Papers set at the Examination for Leaving Certificates, 1892
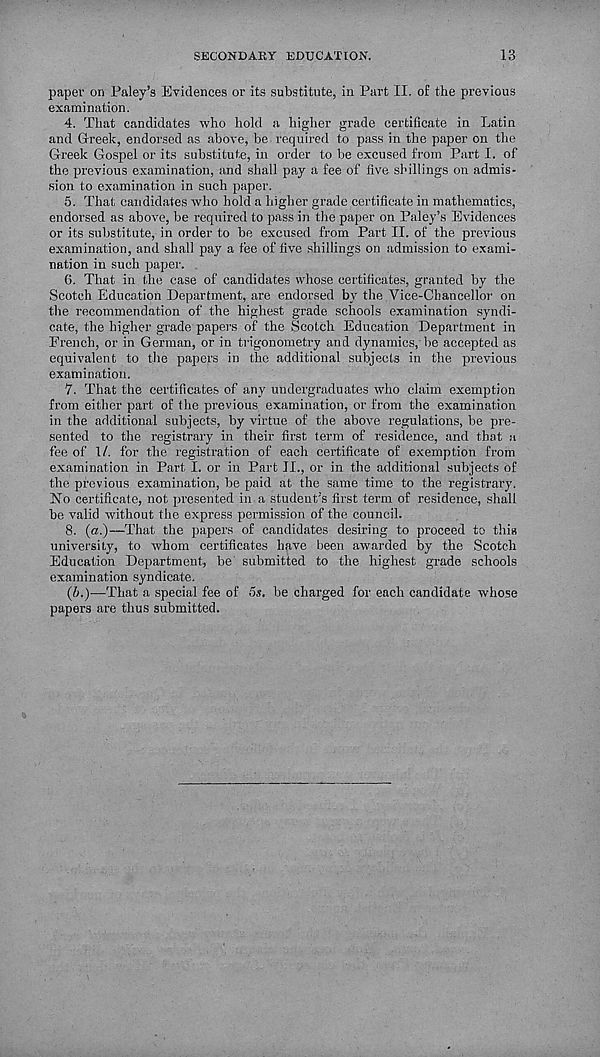
SECONDARY EDUCATION.
13
paper on Paley’s Evidences or its substitute, in Part II. of the previous
examination.
4. That candidates who hold a higher grade certificate in Latin
and Greek, endorsed as above, be required to pass in the paper on the
Greek Gospel or its substitute, in order to be excused from Part I. of
the previous examination, and shall pay a fee of five shillings on admis-
sion to examination in such paper.
5. That candidates who hold a higher grade certificate in mathematics,
endorsed as above, be required to jiass in the paper on Paley’s Evidences
or its substitute, in order to be excused from Part II. of the previous
examination, and shall pay a fee of five shillings on admission to exami-
nation in such paper.
G. That in the case of candidates whose certificates, granted by the
Scotch Education Department, are endorsed by the Vice-Chancellor on
the recommendation of the highest grade schools examination syndi-
cate, the higher grade papers of the Scotch Education Department in
French, or in German, or in trigonometry and dynamics, be accepted as
equivalent to the papers in the additional subjects in the previous
examination.
7. That the certificates of any undergraduates who claim exemption
from either part of the previous examination, or from the examination
in the additional subjects, by virtue of the above regulations, be pre-
sented to the registrary in their first term of residence, and that a
fee of 1/. for the registration of each certificate of exemption from
examination in Part I. or in Part II., or in the additional subjects of
the previous examination, be paid at the same time to the registrary.
No certificate, not presented in a student’s first term of residence, shall
he valid without the express permission of the council.
8. (a.)—That the papers of candidates desiring to proceed to this
university, to whom certificates have been awarded by the Scotch
Education Department, be submitted to the highest grade schools
examination syndicate.
(b.}—That a special fee of 5s. be charged for each candidate whose
papers are thus submitted.